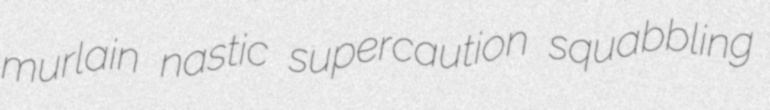
murlain nastic supercaution squabbling